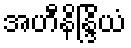
အဟီနိန္ဒြိယံ